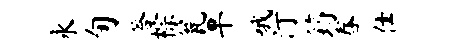
永旬答棕瓮旱哦汀筠舂仕